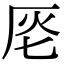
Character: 𠩔